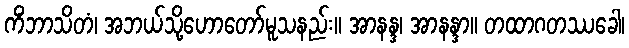
ကိံဘာသိတံ၊ အဘယ်သို့ဟောတော်မူသနည်း။ အာနန္ဒ၊ အာနန္ဒာ။ တထာဂတဿခေါ၊